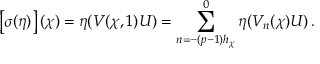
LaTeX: \left[ \sigma ( \eta ) \right] ( \chi ) = \eta ( V ( \chi , 1 ) U ) = \sum _ { n = - ( p - 1 ) h _ { \chi } } ^ { 0 } \eta ( V _ { n } ( \chi ) U ) \, .